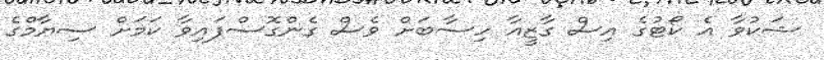
ޝަކުވާ އެ ކޯޓުގެ އިސް ގާޒީއާ ހިސާބަށް ވެސް ގެންގޮސްފައިވާ ކަމަށް ސިޔާމްގެ